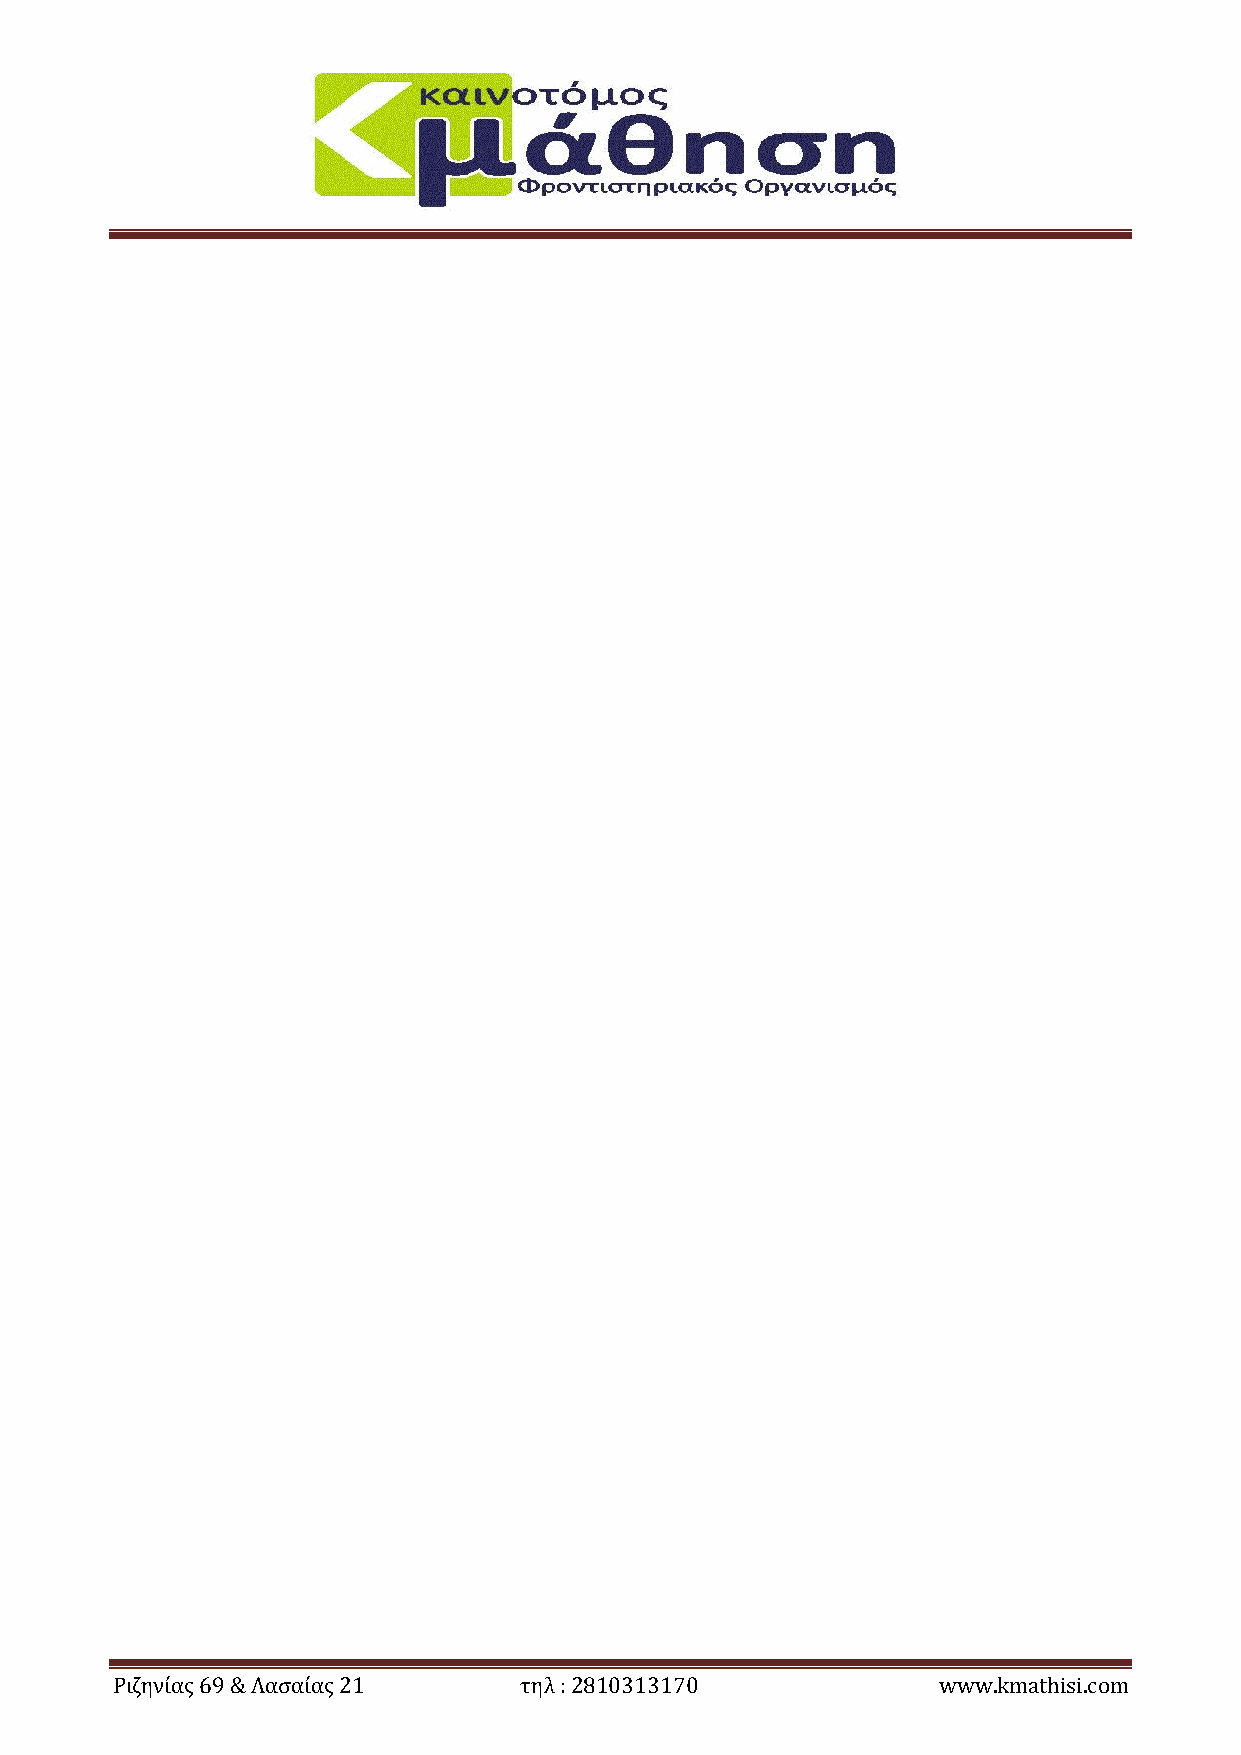
Ριζηνίας 69 & Λασαίας 21   τηλ : 2810313170            www.kmathisi.com